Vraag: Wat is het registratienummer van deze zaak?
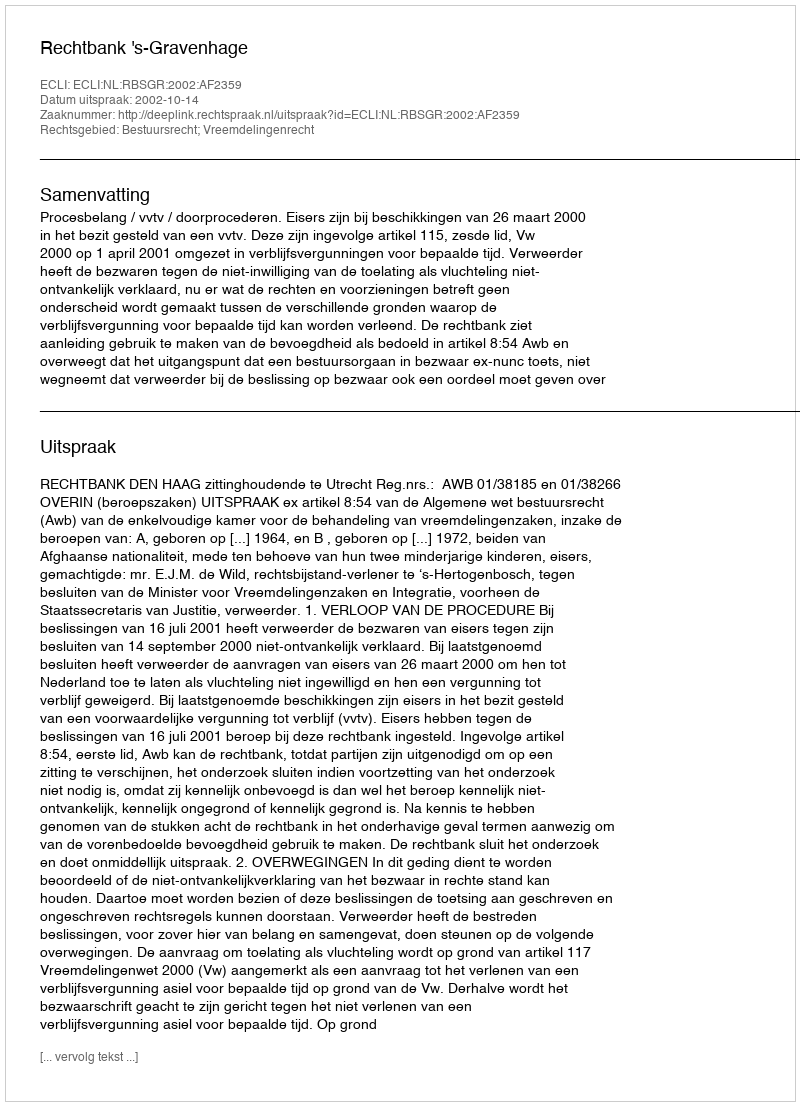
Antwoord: http://deeplink.rechtspraak.nl/uitspraak?id=ECLI:NL:RBSGR:2002:AF2359